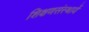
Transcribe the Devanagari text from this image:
शिक्षणसंस्थायें